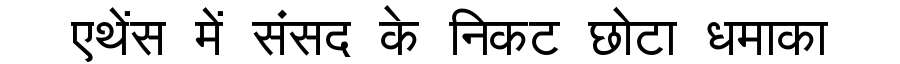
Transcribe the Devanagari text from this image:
एथेंस में संसद के निकट छोटा धमाका